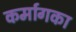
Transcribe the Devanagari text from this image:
कर्मागका